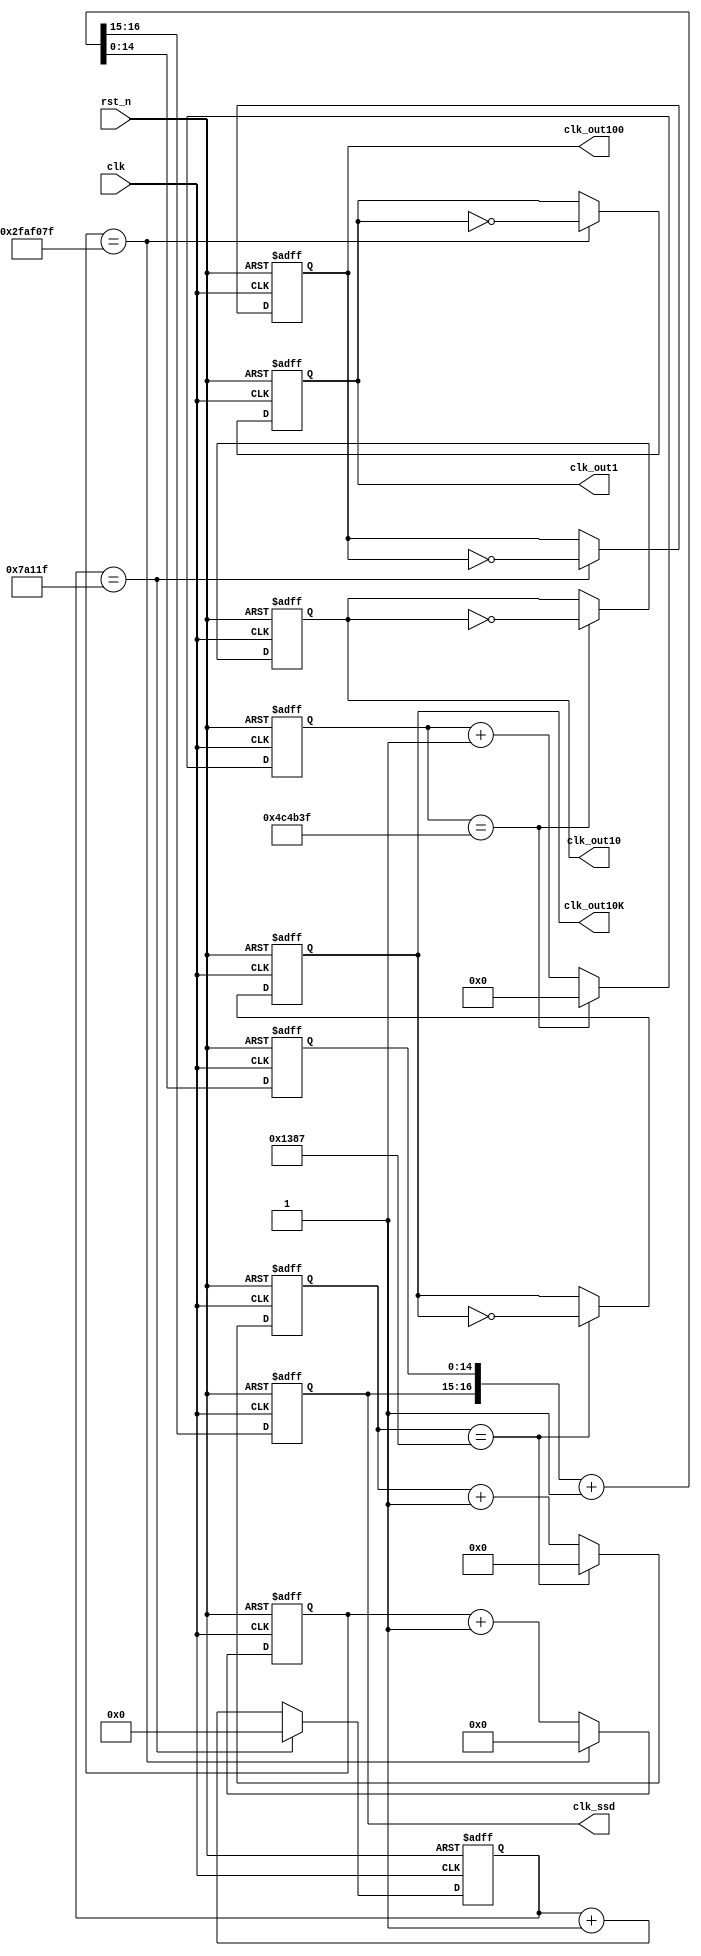
`define FRQ1 26'd4999_9999
`define FRQ1BIT 26
`define FRQ10 23'd499_9999
`define FRQ10BIT 23
`define FRQ100 19'd49_9999
`define FRQ100BIT 19
`define FRQ10K 13'd4999
`define FRQ10KBIT 13

module clock_generator(rst_n, clk, clk_out1, clk_out10, clk_out100, clk_out10K, clk_ssd);
    input rst_n, clk;
    output clk_out1, clk_out10, clk_out100, clk_out10K;
    output [1:0] clk_ssd;

    reg [`FRQ1BIT - 1:0] q1, q1_temp;
    reg [`FRQ10BIT - 1:0] q10, q10_temp;
    reg [`FRQ100BIT - 1:0] q100, q100_temp;
    reg [`FRQ10KBIT - 1:0] q10K, q10K_temp;
    reg f1_tem, clk_out1, f10_tem, clk_out10, f100_tem, clk_out100, f10K_tem, clk_out10K;
    reg [16:0] temp_count; // input node to flip flops
    reg [14:0] count;
    reg [1:0] clk_ssd;
    
    // Combination
    always @* begin
        if (q1 == `FRQ1) begin
            q1_temp = `FRQ1BIT'd0;
            f1_tem = ~clk_out1;
        end
        else begin
            q1_temp = q1 + 1'b1;
            f1_tem = clk_out1;
        end
    end
    always @* begin
        if (q10 == `FRQ10) begin
            q10_temp = `FRQ10BIT'd0;
            f10_tem = ~clk_out10;
        end
        else begin
            q10_temp = q10 + 1'b1;
            f10_tem = clk_out10;
        end
    end
    always @* begin
        if (q100 == `FRQ100) begin
            q100_temp = `FRQ100BIT'd0;
            f100_tem = ~clk_out100;
        end
        else begin
            q100_temp = q100 + 1'b1;
            f100_tem = clk_out100;
        end
    end
    always @* begin
        if (q10K == `FRQ10K) begin
            q10K_temp = `FRQ10KBIT'd0;
            f10K_tem = ~clk_out10K;
        end
        else begin
            q10K_temp = q10K + 1'b1;
            f10K_tem = clk_out10K;
        end
    end

    always @(count or clk_ssd)
        temp_count = {clk_ssd, count} + 1'b1;
    
    // Sequential 
    always @(posedge clk or negedge rst_n)
        if (~rst_n) q1 <= `FRQ1BIT'd0;
        else        q1 <= q1_temp;
    always @(posedge clk or negedge rst_n)
        if (~rst_n) clk_out1 <= 1'b0;
        else        clk_out1 <= f1_tem;

    always @(posedge clk or negedge rst_n)
        if (~rst_n) q10 <= `FRQ10BIT'd0;
        else        q10 <= q10_temp;
    always @(posedge clk or negedge rst_n)
        if (~rst_n) clk_out10 <= 1'b0;
        else        clk_out10 <= f10_tem;

    always @(posedge clk or negedge rst_n)
        if (~rst_n) q100 <= `FRQ100BIT'd0;
        else        q100 <= q100_temp;
    always @(posedge clk or negedge rst_n)
        if (~rst_n) clk_out100 <= 1'b0;
        else        clk_out100 <= f100_tem;

    always @(posedge clk or negedge rst_n)
        if (~rst_n) q10K <= `FRQ10KBIT'd0;
        else        q10K <= q10K_temp;
    always @(posedge clk or negedge rst_n)
        if (~rst_n) clk_out10K <= 1'b0;
        else        clk_out10K <= f10K_tem;

    always @(posedge clk or negedge rst_n)
        if (~rst_n)
            {clk_ssd, count} <= 17'b0;
        else
            {clk_ssd, count} <= temp_count;
endmodule